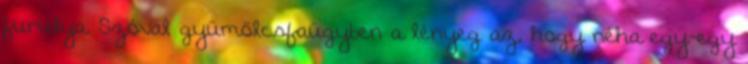
furulya. Szóval gyümölcsfaügyben a lényeg az, hogy néha egy-egy